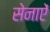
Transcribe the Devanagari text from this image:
सेनाऐं